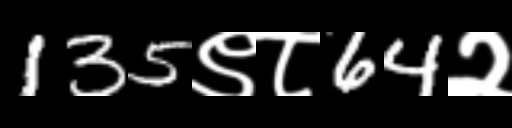
Text: 135९८64२